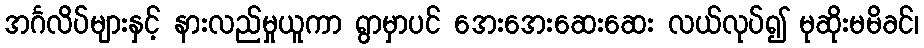
အင်္ဂလိပ်များနှင့် နားလည်မှုယူကာ ရွာမှာပင် အေးအေးဆေးဆေး လယ်လုပ်၍ မုဆိုးမမိခင်၊